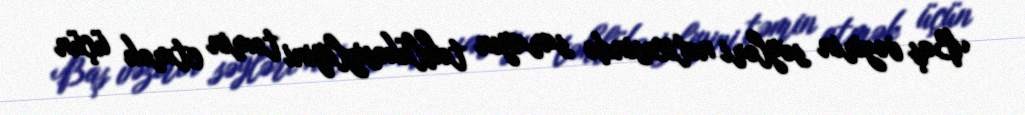
Baş vəzirin səyləri nəticəsində sarayın təhlükəsizliyini təmin etmək üçün